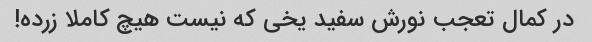
در کمال تعجب نورش سفید یخی که نیست هیچ کاملا زرده!